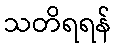
သတိရရန်